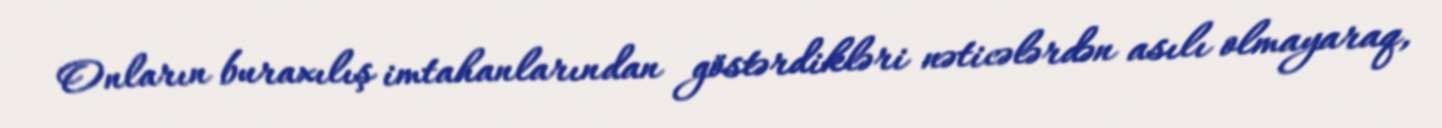
Onların buraxılış imtahanlarından göstərdikləri nəticələrdən asılı olmayaraq,